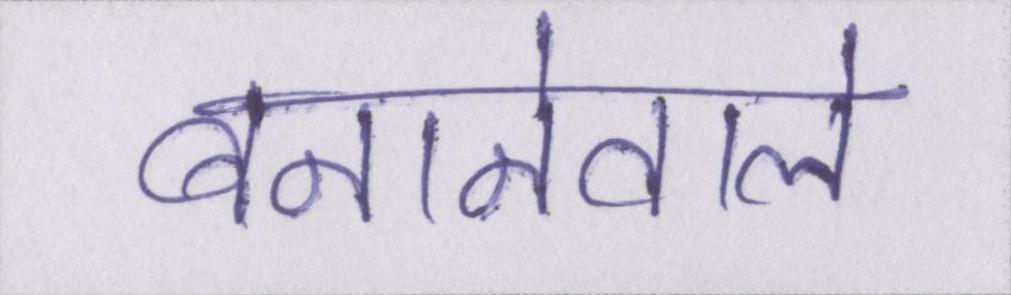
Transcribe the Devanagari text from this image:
बनानेवाले